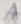
Text: A